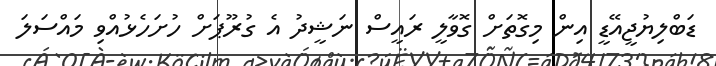
ޑަބްލިޔުޖީއޭޑީ އިން މިގޮތަށް ގޮވާލީ ރައީސް ނަޝީދު އެ ގުރޫޕަށް ހުށަހެޅުއްވި މައްސަލަ